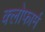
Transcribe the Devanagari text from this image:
क्लोफार्म